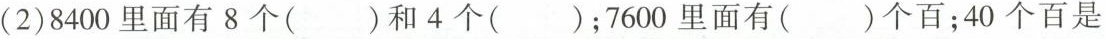
(2)8400里面有8个( )和4个( )；7600里面有( )个百；40个百是